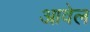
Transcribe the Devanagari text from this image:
आवेल